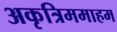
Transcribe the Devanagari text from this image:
अकृत्रिममाहम